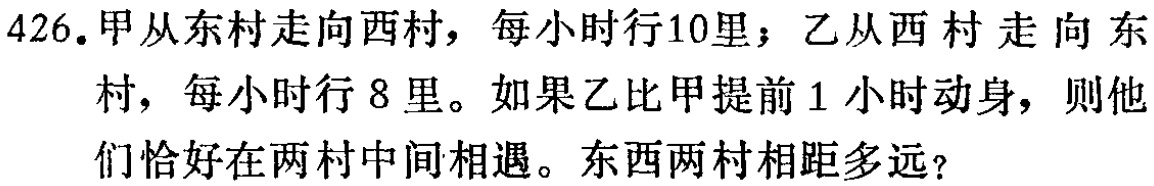
426.甲从东村走向西村，每小时行10里；乙从西村走向东村，每小时行8里。如果乙比甲提前1小时动身，则他们恰好在两村中间相遇。东西两村相距多远？